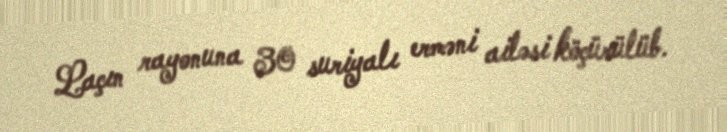
Laçın rayonuna 30 suriyalı erməni ailəsi köçürülüb.